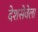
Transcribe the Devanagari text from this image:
देशसेवेला